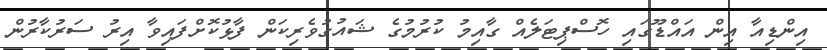
އިންޑިއާ އިން އައްޑޫގައި ހޮސްޕިޓަލެއް ގާއިމު ކުރުމުގެ ޝައުގުވެރިކަން ފާޅުކޮށްފައިވާ އިރު ސަރުކާރުން